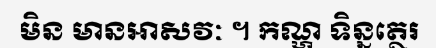
មិន មានអាសវៈ ។ កណ្ហ ទិន្នត្ថេរ